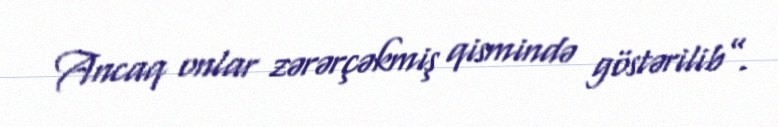
Ancaq onlar zərərçəkmiş qismində göstərilib”.